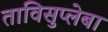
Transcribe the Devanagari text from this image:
ताविसुप्लेबा